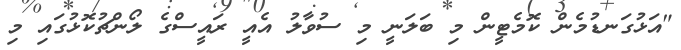
"އަޅުގަަނޑުމެން ކޮމެޓީން މި ބަލަނީ މި ސުވާލު އެއީ ރައީސްގެ ލޯންޗުކޮޅުގައި މި